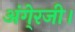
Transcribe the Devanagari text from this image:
अंगे्रजी।